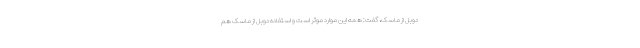
دوبل از ماسک، گفت: همه این موارد موثر است و استفاده دوبل از ماسک هم